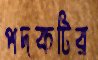
পদকটির